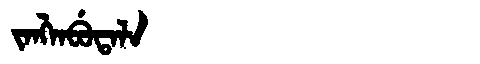
Manchu: ᠵᠠᠩᠯᠠᠪᡠᡨᠠᠯᠠ
Romanization: JANGLABUTALA